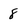
Character: 8